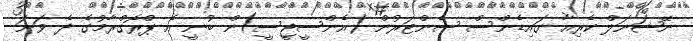
ނޭޝަނަލް ކެރިއާ ގައިޑެންސް ސެންޓަރުން (އެންސީޖީސީ)ން ބުނީ އެ ޕްރޮގްރާމުގެ ދެ ވަނަ